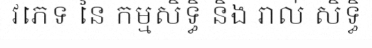
វភេទ នៃ កម្មសិទ្ធិ និង រាល់ សិទ្ធិ